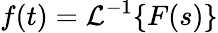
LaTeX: f(t)={\mathcal{L}}^{-1}\{ F(s)\}